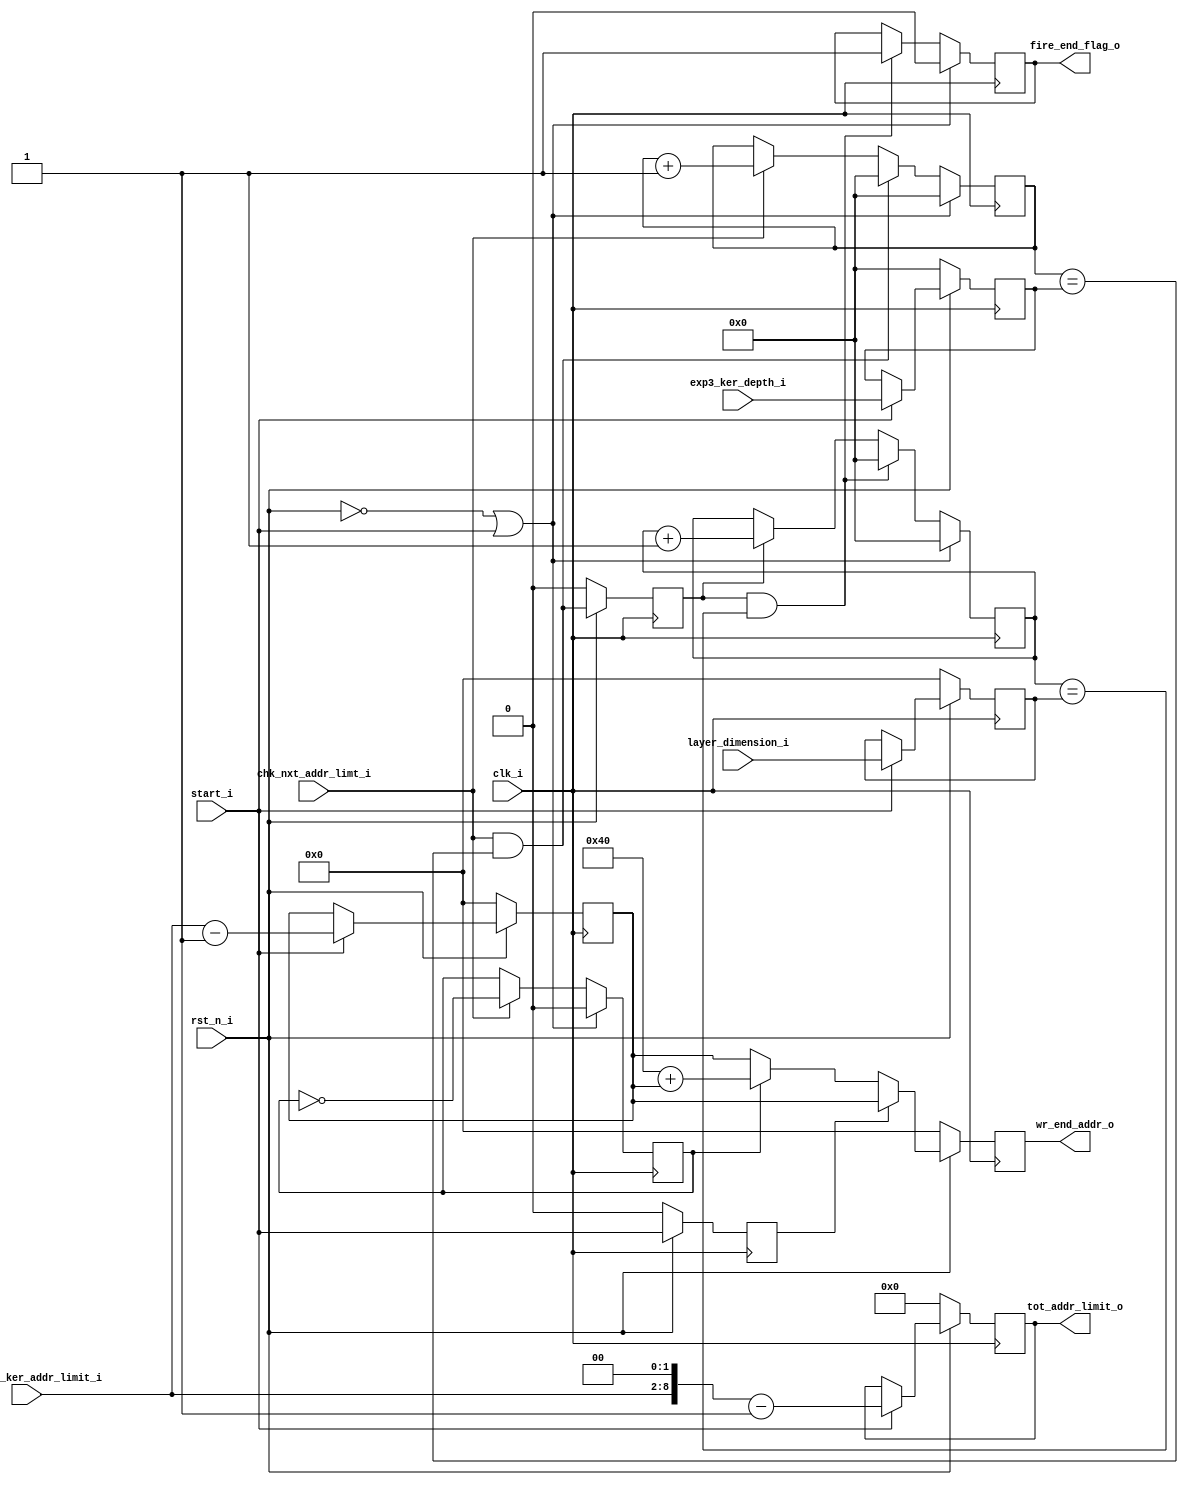
module write_config_exp_3x3(
	clk_i,
	rst_n_i,

	start_i,
	one_exp3_ker_addr_limit_i,
	exp3_ker_depth_i,
	layer_dimension_i,

	chk_nxt_addr_limt_i,
	wr_end_addr_o,
	fire_end_flag_o,
	tot_addr_limit_o
);


//----------------------------------------------------------------------------------------------------------------------
// Global constant and function headers
//----------------------------------------------------------------------------------------------------------------------

//----------------------------------------------------------------------------------------------------------------------
// parameter definitions
//----------------------------------------------------------------------------------------------------------------------

//----------------------------------------------------------------------------------------------------------------------
// localparam definitions
//----------------------------------------------------------------------------------------------------------------------

	/*
		Configurations :-
		one_exp3_ker_addr_limit_i 	:- [NO of expand kernals / 4]
		exp3_ker_depth_i 	  		:- [depth - 1]
		layer_dimension_i 			:- [dimnision -1]
	*/

//----------------------------------------------------------------------------------------------------------------------
// I/O signals
//----------------------------------------------------------------------------------------------------------------------

	// System Clock Signals
	input 															clk_i;
	input 															rst_n_i;

	// Configuration Control Signals
	input 															start_i;
	input 						[6:0] 								one_exp3_ker_addr_limit_i;
	input 						[5:0] 								exp3_ker_depth_i;
	input 						[6:0]								layer_dimension_i;

	// Layer Control Signals
	input 															chk_nxt_addr_limt_i;
	output 	reg					[6:0] 								wr_end_addr_o;
	output 	reg 													fire_end_flag_o;
	output 	reg 				[9:0] 								tot_addr_limit_o;

//----------------------------------------------------------------------------------------------------------------------
// Internal wires and registers
//----------------------------------------------------------------------------------------------------------------------
			
	// Write Address Control Signals
	reg 						[6:0] 								r_layer_addr_space;
	reg 						[5:0] 								r_kernal_no;
	reg 						[6:0] 								r_layer_dim;

	reg 															r_ram_select;
	reg 						[5:0] 								r_kernal_count;
	reg 															r_row_flag;
	reg 						[5:0] 								r_row_count;

	reg 							 								r_new_config_flag;

//----------------------------------------------------------------------------------------------------------------------
// Implmentation
//----------------------------------------------------------------------------------------------------------------------

	// Configuration COntrol Signals
	always @(posedge clk_i) begin : CONFIG
		if(~rst_n_i) begin
			r_layer_addr_space 	<= 0;
			r_kernal_no 		<= 0;
			r_layer_dim 		<= 0;
			tot_addr_limit_o 	<= 0;
		end 
		else if(start_i) begin
			r_layer_addr_space 	<= one_exp3_ker_addr_limit_i - 1;
			r_kernal_no 		<= exp3_ker_depth_i;
			r_layer_dim 		<= layer_dimension_i;
			tot_addr_limit_o 	<= (one_exp3_ker_addr_limit_i << 2) - 1;
		end
	end
		
	// New Config Flag
	always @(posedge clk_i) begin : NEW_CONFIG_FLAG
		if(~rst_n_i) begin
			r_new_config_flag <= 0;
		end else begin
			r_new_config_flag <= start_i;
		end
	end

	// RAM Select
	always @(posedge clk_i) begin : RAM_SELECT
		if(~rst_n_i || start_i) begin
			r_ram_select <= 0;
		end 
		else if(chk_nxt_addr_limt_i) begin
			r_ram_select <= ~r_ram_select;
		end
	end

	// Kernal COunt
	always @(posedge clk_i) begin : KERNAL_COUNT
		if(~rst_n_i || start_i) begin
			r_kernal_count <= 0;
		end 
		else if(chk_nxt_addr_limt_i && r_kernal_count == r_kernal_no) begin
			r_kernal_count <= 0;
		end 
		else if(chk_nxt_addr_limt_i) begin
			r_kernal_count <= r_kernal_count + 1;
		end
	end

	// New Row Flag
	always @(posedge clk_i) begin : ROW_FLAG
		if(~rst_n_i) begin
			r_row_flag <= 0;
		end else begin
			r_row_flag <=  (chk_nxt_addr_limt_i && r_kernal_count == r_kernal_no);
		end
	end

	// Row Count
	always @(posedge clk_i) begin : ROW_COUNT
		if(~rst_n_i || start_i) begin
			r_row_count <= 0;
		end 
		else if (r_row_flag && r_row_count == r_layer_dim) begin
			r_row_count <= 0;
		end 
		else if(r_row_flag) begin
			r_row_count <= r_row_count + 1;
		end
	end

	// FIRE End Flag
	always @(posedge clk_i) begin : FIRE_END
		if(~rst_n_i || start_i) begin
			fire_end_flag_o <= 0;
		end 
		else if(r_row_flag && r_row_count == r_layer_dim) begin
			fire_end_flag_o <= 1;
		end
	end

	// End Address
	always @(posedge clk_i) begin : END_ADDR
		if(~rst_n_i) begin
			wr_end_addr_o <= 0;
		end 
		else if(r_new_config_flag) begin
			wr_end_addr_o <= r_layer_addr_space;
		end 
		else begin
			wr_end_addr_o <= (r_ram_select) ? 64 + r_layer_addr_space : r_layer_addr_space;
		end
	end


//----------------------------------------------------------------------------------------------------------------------
// Sub module instantiation
//----------------------------------------------------------------------------------------------------------------------


endmodule